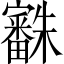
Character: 𣠒